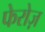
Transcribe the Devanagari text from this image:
फेरोज़